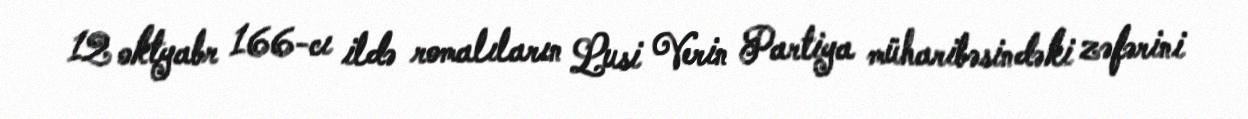
12 oktyabr 166-cı ildə romalıların Lusi Verin Partiya müharibəsindəki zəfərini